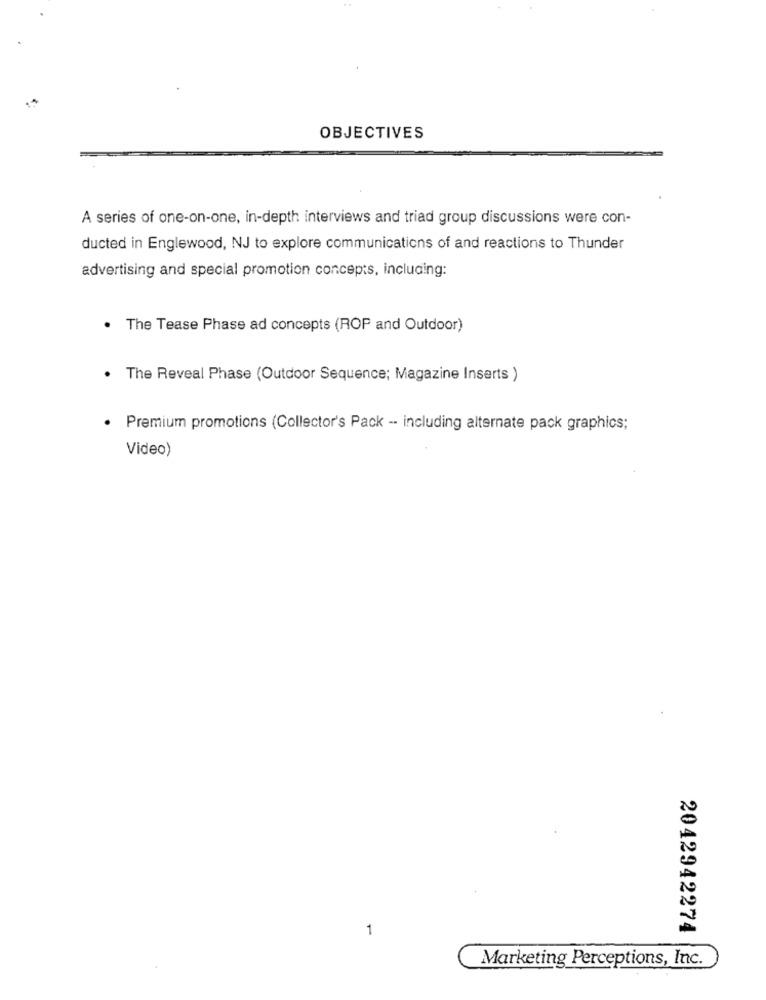
OBJECTIVES
A series of one-on-one, in-depth interviews and triad group discussions were con-
ducted in Englewood, NJ to explore communications of and reactions to Thunder
advertising and special promotion concepts, including:
The Tease Phase ad concepts (ROP and Outdoor)
.
The Reveal Phase (Outdoor Sequence; Magazine Inserts )
· Premium promotions (Collector's Pack -- including alternate pack graphics;
Video)
1
2042942274
Marketing Perceptions, Inc.